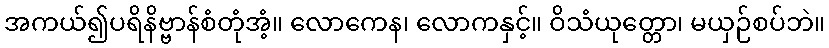
အကယ်၍ပရိနိဗ္ဗာန်စံတုံအံ့။ လောကေန၊ လောကနှင့်။ ဝိသံယုတ္တော၊ မယှဉ်စပ်ဘဲ။